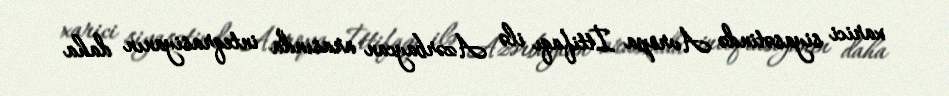
xarici siyasətində Avropa İttifaqı ilə Azərbaycan arasında inteqrasiyanın daha